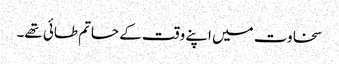
سخاوت میں اپنے وقت کے حاتم طائی تھے۔